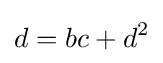
d=bc+d^{2}